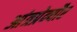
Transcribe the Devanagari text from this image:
आंत्रप्रेन्यौर